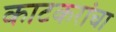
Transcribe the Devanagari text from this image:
काटकरांचा